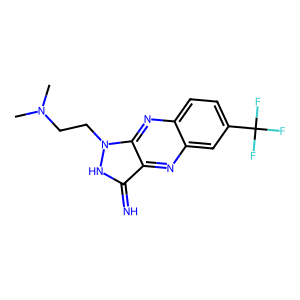
SMILES: CN(C)CCn1[nH]c(=N)c2nc3cc(C(F)(F)F)ccc3nc21
Inhibits HIV replication: No